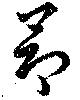
昂